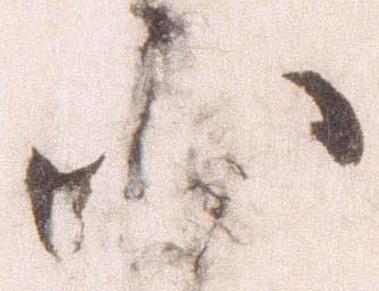
小